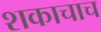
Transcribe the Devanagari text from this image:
शकाचाच